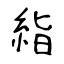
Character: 𥿻